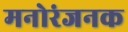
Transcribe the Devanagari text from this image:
मनोरंजनक